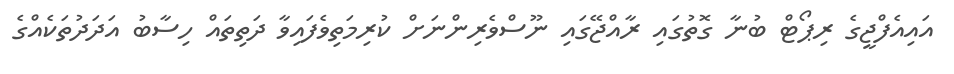
އައިއެފްޖީގެ ރިޕޯޓް ބުނާ ގޮތުގައި ރާއްޖޭގައި ނޫސްވެރިންނަށް ކުރިމަތިވެފައިވާ ދަތިތައް ހިސާބު އަދަދުތަކެއްގެ